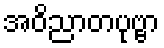
အဝိညာတပုဗ္ဗာ